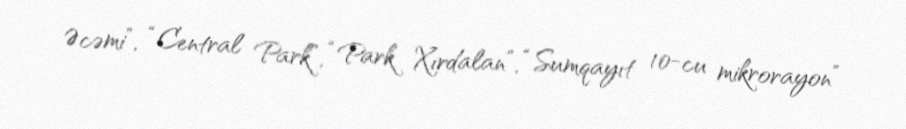
Əcəmi”, “Central Park”, “Park Xırdalan”, “Sumqayıt 10-cu mikrorayon”